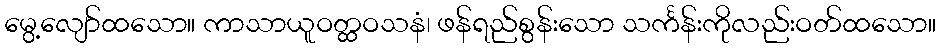
မွေ့လျော်ထသော။ ကာသာယူဝတ္ထဝသနံ၊ ဖန်ရည်စွန်းသော သင်္ကန်းကိုလည်းဝတ်ထသော။